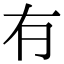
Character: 𠕆